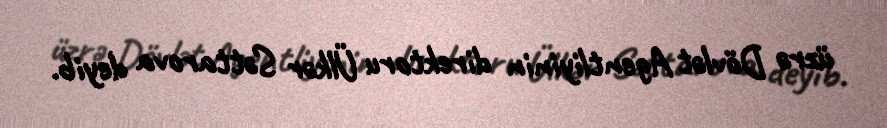
üzrə Dövlət Agentliyinin direktoru Ülkər Səttarova deyib.